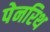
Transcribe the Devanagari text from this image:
पेनरिथ